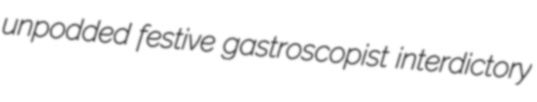
unpodded festive gastroscopist interdictory